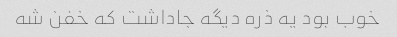
خوب بود یه ذره دیگه جاداشت که خفن شه